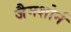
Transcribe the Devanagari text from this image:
जैमशोर्न